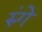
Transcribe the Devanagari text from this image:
रुंगे